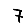
Digit: 7